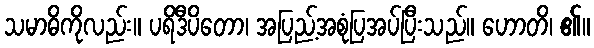
သမာဓိကိုလည်း။ ပရိဒီပိတော၊ အပြည့်အစုံပြအပ်ပြီးသည်။ ဟောတိ၊ ၏။